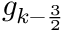
g _ { k - \frac 3 2 }